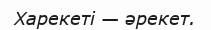
Харекеті — әрекет.